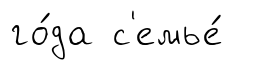
го́да с'емье́